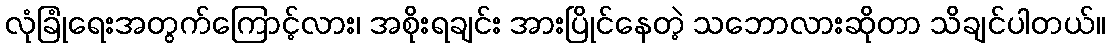
လုံခြုံရေးအတွက်ကြောင့်လား၊ အစိုးရချင်း အားပြိုင်နေတဲ့ သဘောလားဆိုတာ သိချင်ပါတယ်။